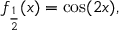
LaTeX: f _ { \frac { 1 } { 2 } } ( x ) = \cos ( 2 x ) ,